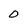
Character: 0